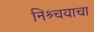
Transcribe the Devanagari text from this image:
निश्र्चयाचा